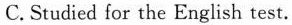
C.Studied for the English test.